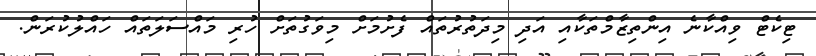
ޓިކެޓް ވިއްކާނެ އިންތިޒާމްތަކާއި އަދި މިދަތުރުތައް ފެށުމަށް މިވަގުތަށް ހުރި މައްސަލަތައް ހައްލުކުރަން.